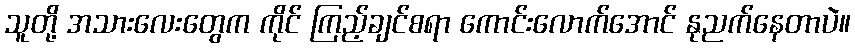
သူတို့ အသားလေးတွေက ကိုင် ကြည့်ချင်စရာ ကောင်းလောက်အောင် နုညက်နေတာပဲ။